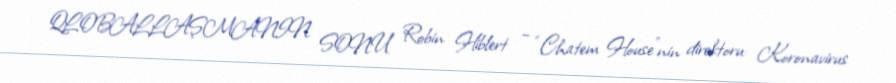
QLOBALLAŞMANIN SONU Robin Hiblert – “Chatem House”nin direktoru: Koronavirus